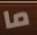
ما